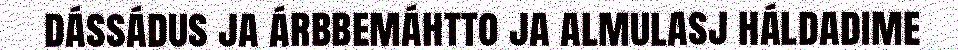
dássádus ja árbbemáhtto ja almulasj háldadime